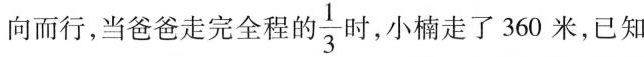
向而行，当爸爸走完全程的 $$\frac{1}{3}$$ 时，小楠走了360米，已知